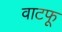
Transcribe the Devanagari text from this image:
वाटफू